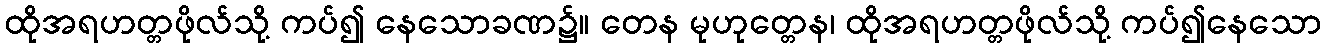
ထိုအရဟတ္တဖိုလ်သို့ ကပ်၍ နေသောခဏ၌။ တေန မုဟုတ္တေန၊ ထိုအရဟတ္တဖိုလ်သို့ ကပ်၍နေသော